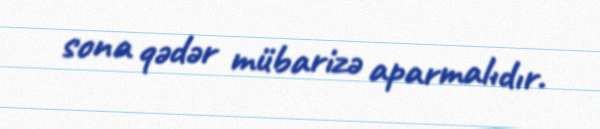
sona qədər mübarizə aparmalıdır.